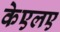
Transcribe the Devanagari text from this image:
केएलए